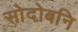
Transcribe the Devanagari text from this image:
सोदोबनि